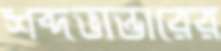
শব্দভান্ডারের